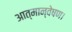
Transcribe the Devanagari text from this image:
आत्मान्वेषण।